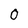
Character: 0